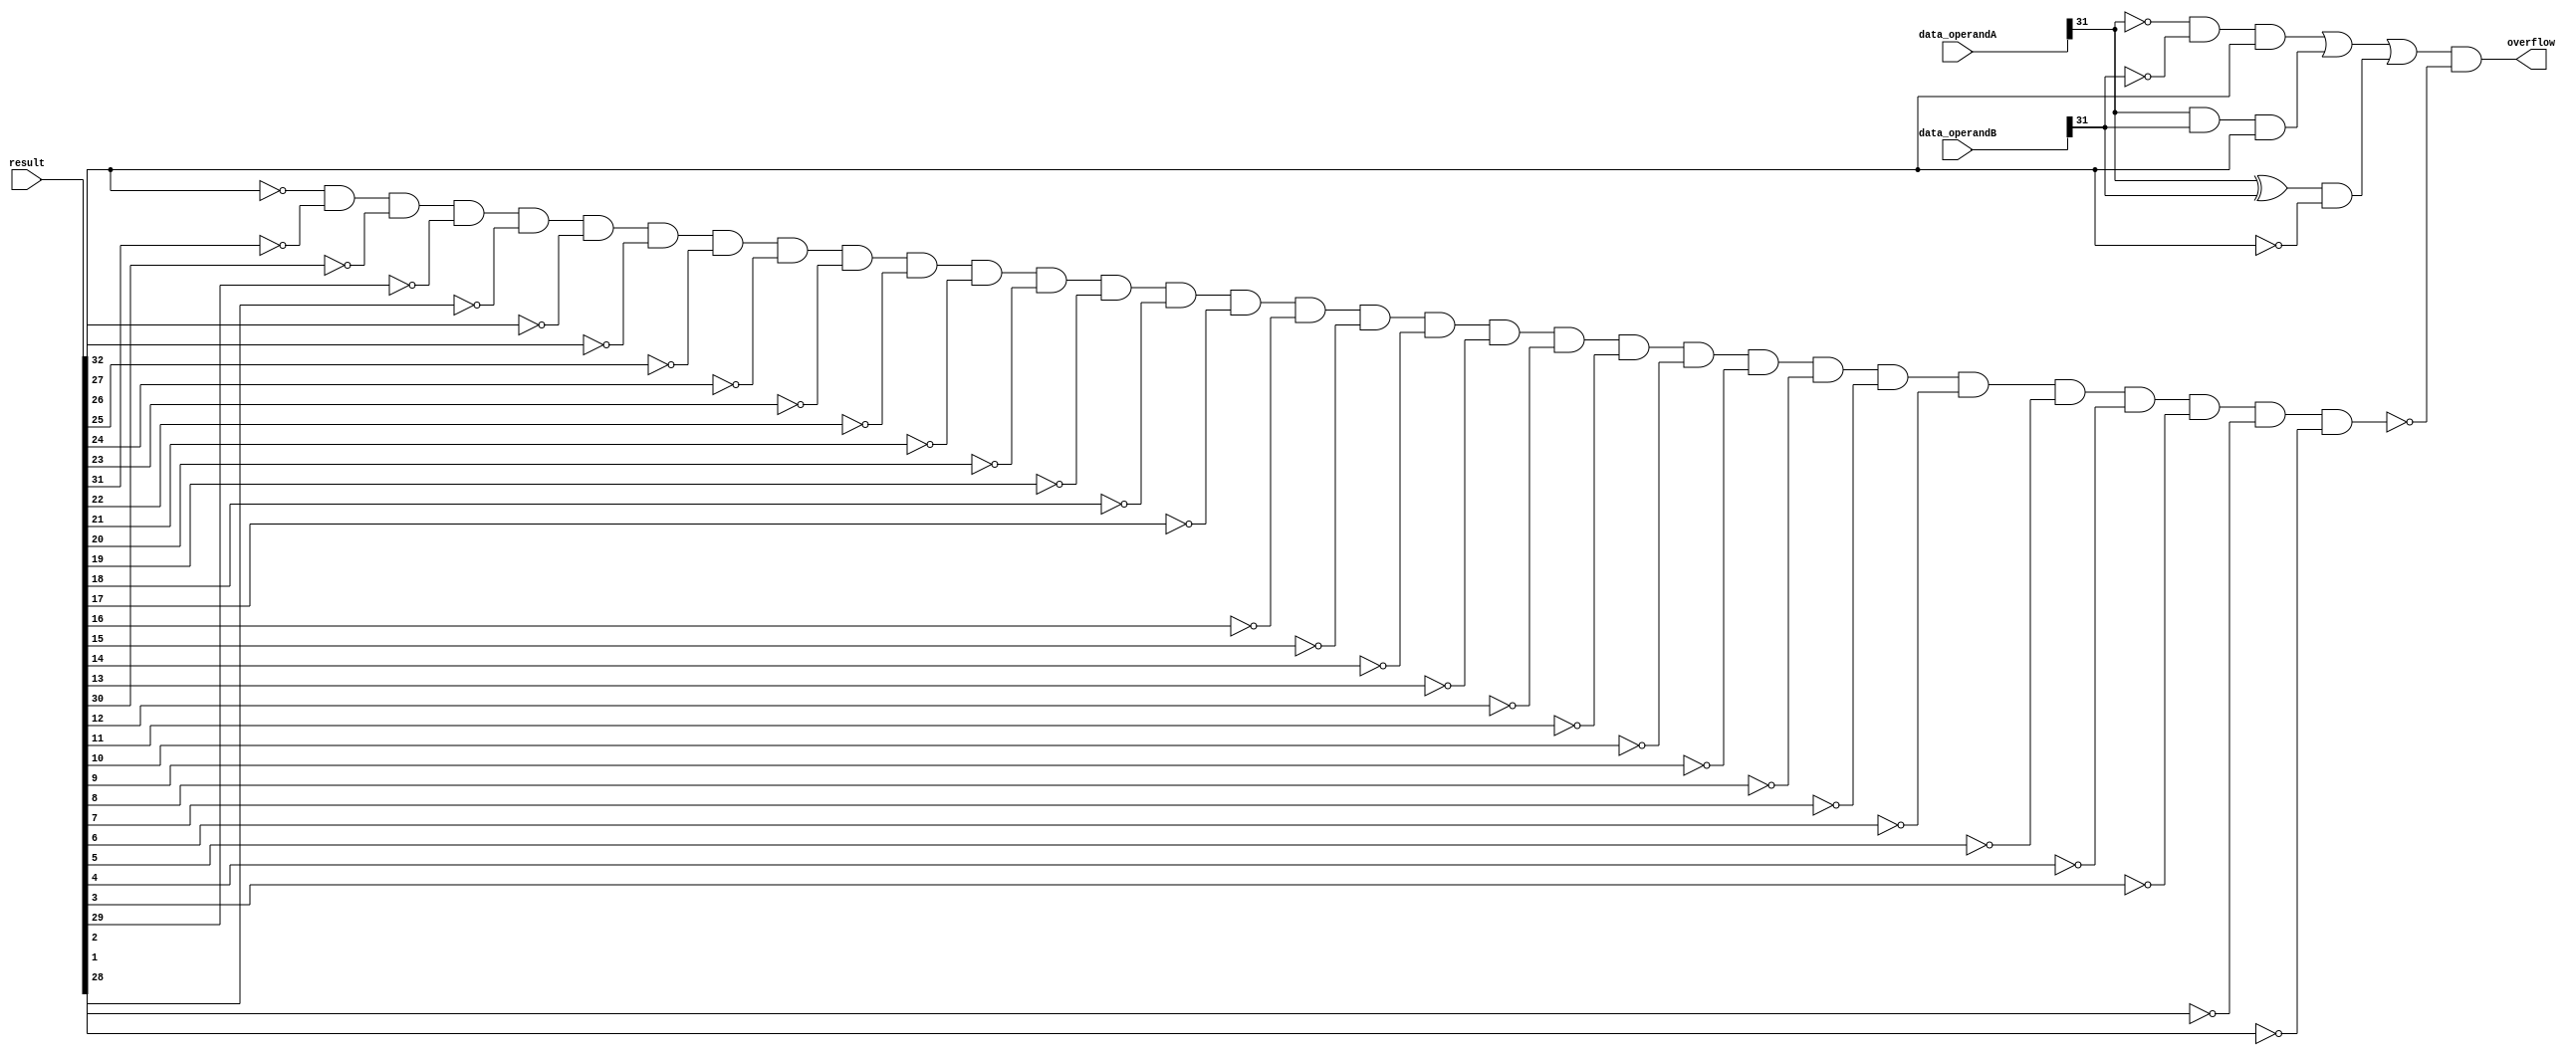
module mult_overflow(data_operandA, data_operandB, result, overflow);

    input [31:0] data_operandA, data_operandB;
    input [64:0] result;
    output overflow;
    wire zero, ABpos, ABneg, ABposneg, over1, over2, over3, over4;

    and and_0(zero, !result[32], !result[31], !result[30], !result[29], !result[28], !result[27], !result[26], !result[25], !result[24], !result[23], !result[22], !result[21], !result[20], !result[19], !result[18], !result[17], !result[16], !result[15], !result[14], !result[13], !result[12], !result[11], !result[10], !result[9], !result[8], !result[7], !result[6], !result[5], !result[4], !result[3], !result[2], !result[1]);

    and and_1(ABneg, data_operandA[31], data_operandB[31]);
    and and_2(ABpos, ~data_operandA[31], ~data_operandB[31]);
    xor and_3(ABposneg, data_operandA[31], data_operandB[31]);

    and and_4(over1, ABpos, result[32]);
    and and_5(over2, ABneg, result[32]);
    and and_6(over3, ABposneg, ~result[32]);

    or or_1(over4, over1, over2, over3);
    and and_7(overflow, over4, ~zero);
    // and and_7(overflow, 1'b1, 1'b1, 1'b1);

endmodule